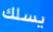
يسلك